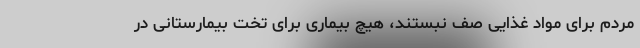
مردم برای مواد غذایی صف نبستند، هیچ بیماری برای تخت بیمارستانی در